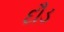
દૌડ